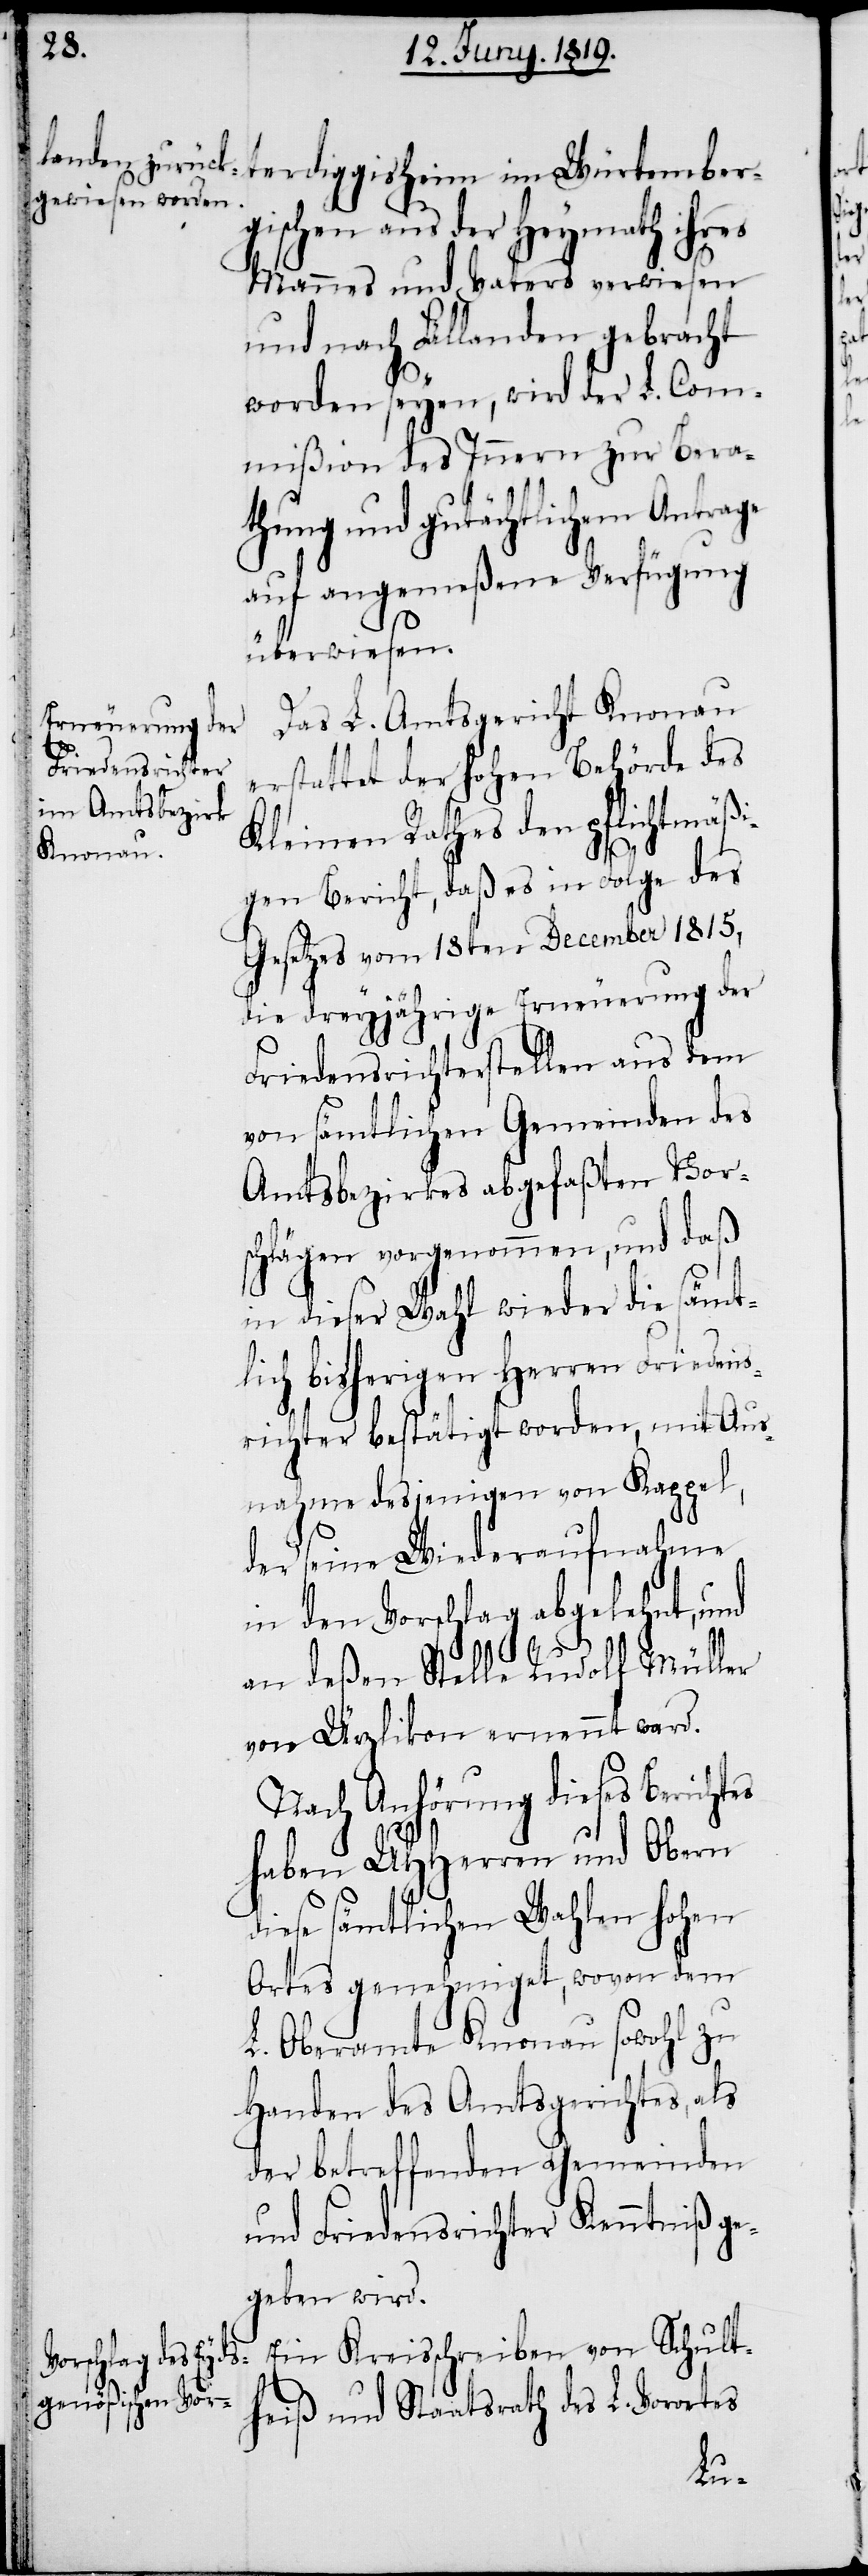
ischen aus der Heymath ihres
Mannes und Vaters verwiesen
und nach Fällanden gebracht
worden seyen, wird der L. Com¬
mißion des Innern zur Bera¬
thung und gutächtlichem Antrage
auf angemeßene Verfügung
überwiesen.
Das L. Amtsgericht Knonau
erstattet der hohen Behörde des
Kleinen Rathes den pflichtmäßi¬
gen Bericht, daß es in Folge des
Gesetzes vom 18ten December 1815,
die dreyjährige Erneuerung der
Friedensrichterstellen aus dem
von sämtlichen Gemeinden des
Amtsbezirkes abgefaßten Vor¬
schlägen vorgenommen, und daß
in dieser Wahl wieder die sämt¬
lich bisherigen Herren Friedens¬
richter bestätigt worden, mit Aus¬
nahme desjenigen von Kappel,
der seine Wiederaufnahme
in den Vorschlag abgelehnt, und
an deßen Stelle Rudolf Müller
von Ürzlikon ernennt ward.
Nach Anhörung dieses Berichtes
haben UHHerren und Obern
diese sämtlichen Wahlen hohen
Ortes genehmiget, wovon dem
L. Oberamte Knonau sowohl zu
Handen des Amtsgerichtes, als
der betreffenden Gemeinden
und Friedensrichter Kenntniß ge¬
geben wird.
Ein Kreisschreiben von Schult¬
Würtemberg¬
heiß und Staatsrath des L. Vorortes